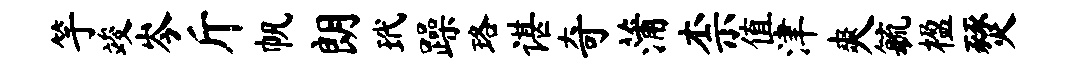
竽竣岑斤帆朗玳躁珞谌奇蒲柰值津爽毓楹燹